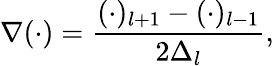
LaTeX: \nabla(\cdot)=\frac{(\cdot)_{l+1}-(\cdot)_{l-1}}{2\Delta_{l}},